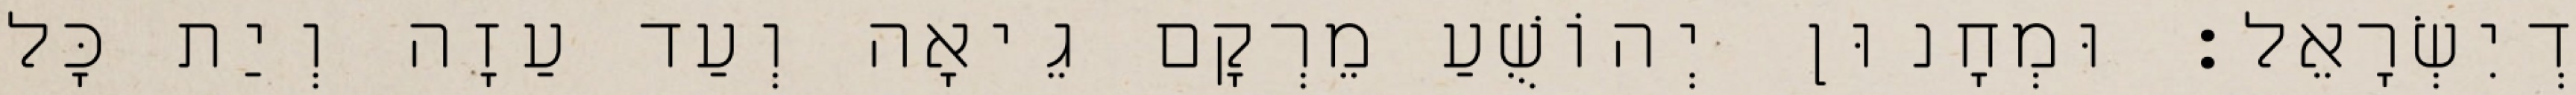
דְיִשְׂרָאֵל׃ וּמְחָנוּן יְהוֹשֻׁעַ מֵרְקָם גֵיאָה וְעַד עַזָה וְיַת כָּל